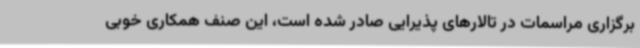
برگزاری مراسمات در تالارهای پذیرایی صادر شده است، این صنف همکاری خوبی